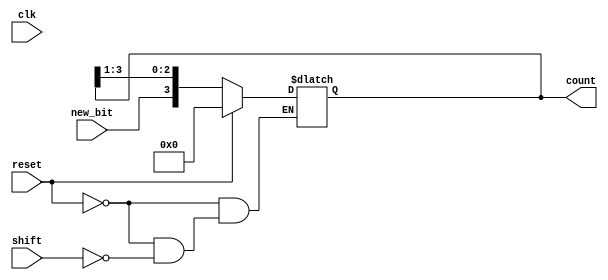
module async_shift_counter (
    input wire clk,          // Clock signal (not used in asynchronous design)
    input wire reset,        // Asynchronous reset signal
    input wire shift,        // Shift input signal
    input wire new_bit,      // New bit to be shifted in (for LSB)
    output reg [3:0] count   // 4-bit counter output
);

    // Asynchronous reset and shift operation
    always @(*) begin
        if (reset) begin
            count = 4'b0000; // Reset counter to 0
        end else if (shift) begin
            count = {new_bit, count[3:1]}; // Shift right and insert new_bit at LSB
        end
    end

endmodule